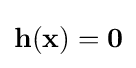
\mathbf {h} (\mathbf {x} )=\mathbf {0}